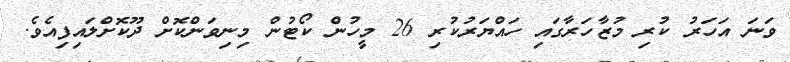
ވަނަ އަހަރު ކުރި މުޒާހަރާގައި ހައްޔަރުކުރި 26 މީހުން ކޯޓުން މިނިވަންކޮށް ދޫކޮށްލައިފިއެވެ.